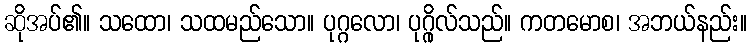
ဆိုအပ်၏။ သထော၊ သထမည်သော။ ပုဂ္ဂလော၊ ပုဂ္ဂိုလ်သည်။ ကတမောစ၊ အဘယ်နည်း။